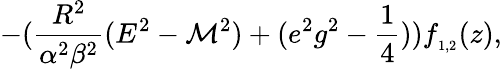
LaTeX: -(\frac{R^{2}}{\alpha^{2}\beta^{2}}(E^{2}-{\cal M}^{2})+(e^{2}g^{2}-\frac{1}{4}))f_{_{1,2}}(z),